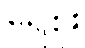
ရေစူး